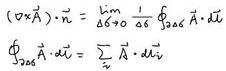
$(\nabla\times\vec{A})\cdot\hat{n}=\lim_{\delta S\to0}\frac{1}{\delta S}\oint_{\partial\delta S}\vec{A}\cdot d\vec{l}$

$\oint_{\partial\delta S}\vec{A}\cdot d\vec{l}=\sum_{i}\vec{A}\cdot d\vec{l}_{i}$